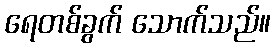
ရေတစ်ခွက် သောက်သည်။